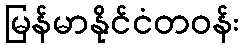
မြန်မာနိုင်ငံတဝန်း